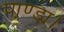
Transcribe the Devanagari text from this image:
पाण्ड्य।